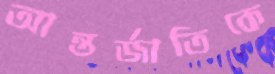
আন্তর্জাতিকে